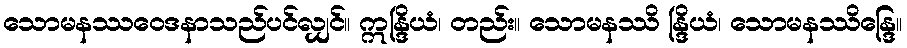
သောမနဿဝေဒနာသည်ပင်လျှင်။ ဣန္ဒြိယံ၊ တည်း။ သောမနဿိ န္ဒြိယံ၊ သောမနဿိန္ဒြေ။